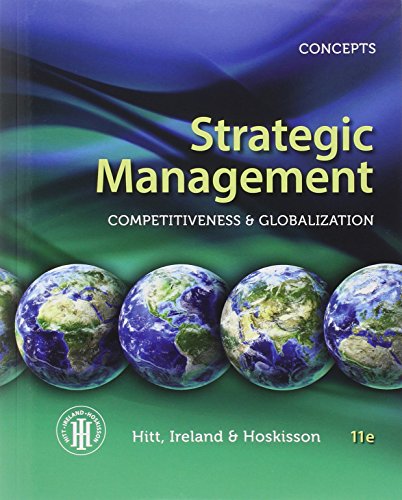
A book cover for Strategic Management: Concepts: Competitiveness and Globalization; Michael A. Hitt; Business & Money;